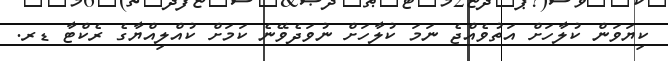
ކިޔަވަން ކުލާހަށް އަތުވެއްޖެ ނަމަ ކުލާހަށް ނުވަދެވޭނެ ކަމަށް ކުއްލިއްޔާގެ ރެކްޓާ ޑރ.